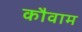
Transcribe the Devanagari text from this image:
कौवाम